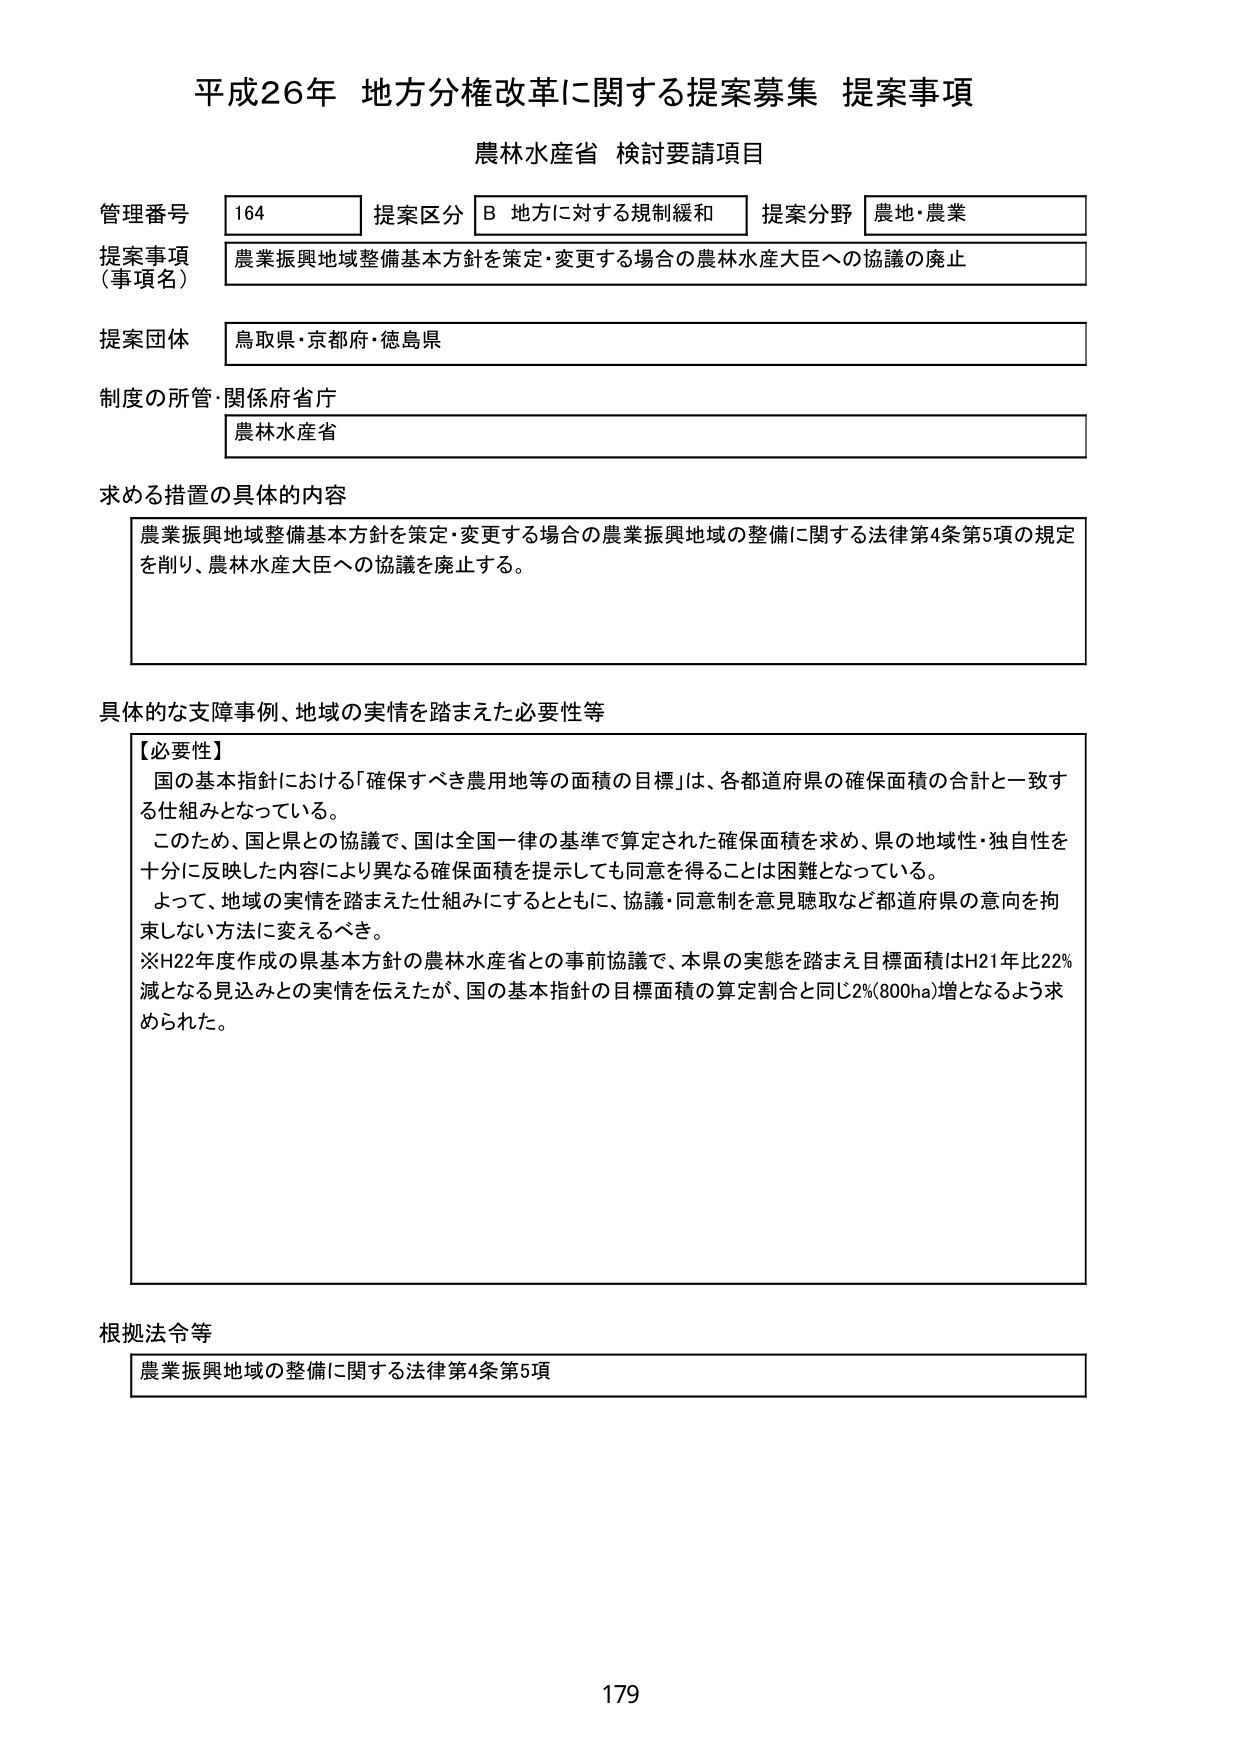
平成26年 地方分権改革に関する提案募集 提案事項
農林水産省 検討要請項目

管理番号 164 提案区分 B 地方に対する規制緩和 提案分野 農地・農業
提案事項（事項名） 農業振興地域整備基本方針を策定・変更する場合の農林水産大臣への協議の廃止
提案団体 鳥取県・京都府・徳島県
制度の所管・関係府省庁 農林水産省

求める措置の具体的内容
農業振興地域整備基本方針を策定・変更する場合の農業振興地域の整備に関する法律第4条第5項の規定を削り、農林水産大臣への協議を廃止する。

具体的な支障事例、地域の実情を踏まえた必要性等
【必要性】
国の基本指針における「確保すべき農用地等の面積の目標」は、各都道府県の確保面積の合計と一致する仕組みとなっている。
このため、国と県との協議で、国は全国一律の基準で算定された確保面積を求め、県の地域性・独自性を十分に反映した内容により異なる確保面積を提示しても同意を得ることは困難となっている。
よって、地域の実情を踏まえた仕組みにするとともに、協議・同意制を意見聴取など都道府県の意向を拘束しない方法に変えるべき。
※H22年度作成の県基本方針の農林水産省との事前協議で、本県の実態を踏まえ目標面積はH21年比22%減となる見込みとの実情を伝えたが、国の基本指針の目標面積の算定割合と同じ2%(800ha)増となるよう求められた。

根拠法令等
農業振興地域の整備に関する法律第4条第5項

179